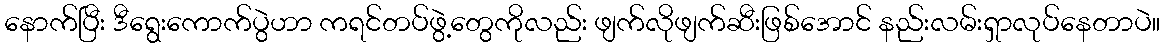
နောက်ပြီး ဒီရွေးကောက်ပွဲဟာ ကရင်တပ်ဖွဲ့တွေကိုလည်း ဖျက်လိုဖျက်ဆီးဖြစ်အောင် နည်းလမ်းရှာလုပ်နေတာပဲ။